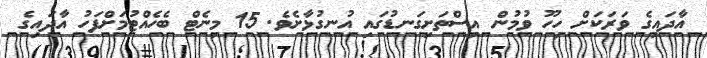
އާދައިގެ ވަރަކަށް ހިހޫ ވުމުން އިސްތަށިގަނޑުގައި އުނގުޅާށެވެ. 15 މިނެޓް ބެހެއްޓުމަށްފަހު އާދައިގެ